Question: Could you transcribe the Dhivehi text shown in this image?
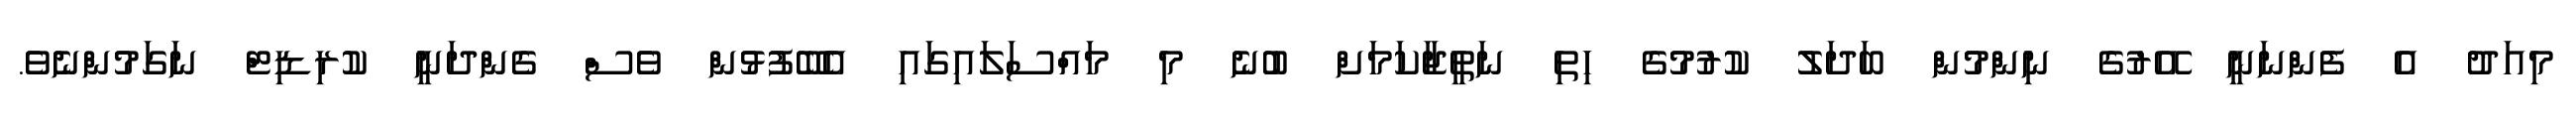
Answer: މިއަދު އެ ފެންނަނީ އޭރުގެ ނިންމުން ބަދަލު ކުރުމުގެ ހިތި ނަތީޖާކަމަށް ބުނެ މި މައްސަލައިގައި އެބޭފުޅުން ވެސް ގެންދަނީ ކުރިޑިޓް ނަގަމުންނެވެ.